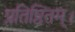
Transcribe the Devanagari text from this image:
प्रतिष्ठितम्‌।